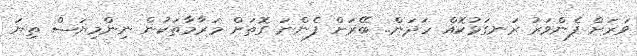
ވަރަށް ފެންވަރު ރަނގަޅުކޮއް ހަދަން.. ބޭރަށް ފެންނަ ގޮތަށް މަރާމާތަކުން ނިންމިޔަސް ތިޔަ